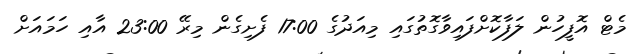
މެޓް އޮފީހުން ލަފާކޮށްފައިވާގޮތުގައި މިއަދުގެ 17:00 ފެށިގެން މިރޭ 23:00 އާއި ހަމައަށް